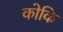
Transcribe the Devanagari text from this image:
कोकि